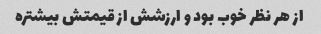
از هر نظر خوب بود و ارزشش از قیمتش بیشتره